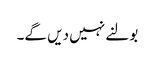
بولنے نہیں دیں گے۔